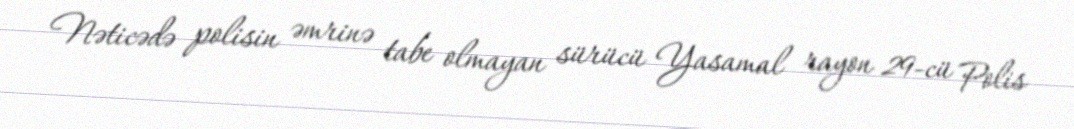
Nəticədə polisin əmrinə tabe olmayan sürücü Yasamal rayon 29-cü Polis